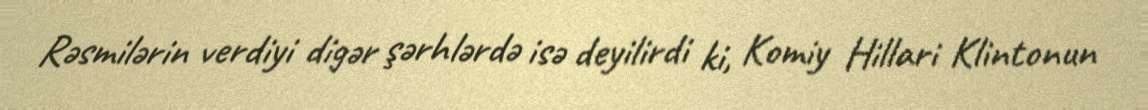
Rəsmilərin verdiyi digər şərhlərdə isə deyilirdi ki, Komiy Hillari Klintonun